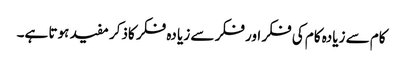
کام سے زیادہ کام کی فکر اور فکر سے زیا دہ فکر کاذکر مفید ہوتا ہے۔